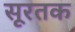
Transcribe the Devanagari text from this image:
सूरतक